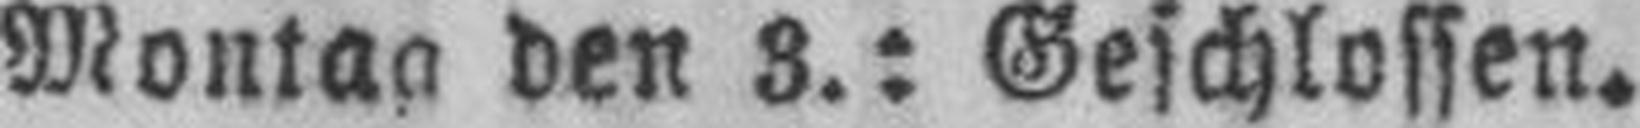
Montag den 3.: Geschlossen.